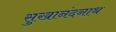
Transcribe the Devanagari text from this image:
सुखानंदनाथ